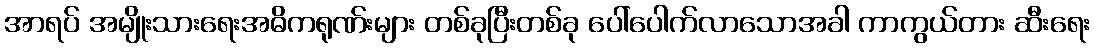
အာရပ် အမျိုးသားရေးအဓိကရုဏ်းများ တစ်ခုပြီးတစ်ခု ပေါ်ပေါက်လာသောအခါ ကာကွယ်တား ဆီးရေး